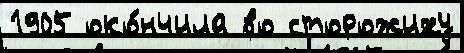
1905 око́нчила во сторожиху